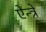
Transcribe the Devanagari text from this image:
ऐन्त्रे